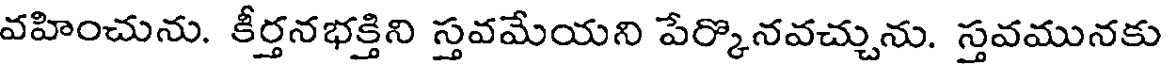
వహించును. కీర్తనభక్తిని స్తవమేయని పేర్కొనవచ్చును. స్తవమునకు